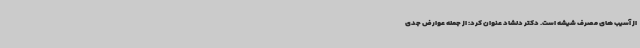
از آسیب های مصرف شیشه است. دکتر دلشاد عنوان کرد: از جمله عوارض جدی